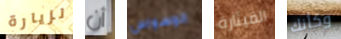
لزيارة أن الوسواس القيثارة وكأنك